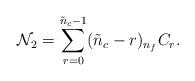
LaTeX: \begin{align*}{\cal N}_{2} = \sum_{r=0}^{\tilde{n}_{c}-1} (\tilde{n}_{c}-r) {}_{n_{f}}C_{r}. \end{align*}